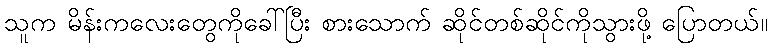
သူက မိန်းကလေးတွေကိုခေါ်ပြီး စားသောက် ဆိုင်တစ်ဆိုင်ကိုသွားဖို့ ပြောတယ်။